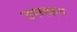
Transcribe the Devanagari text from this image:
उपवाहन